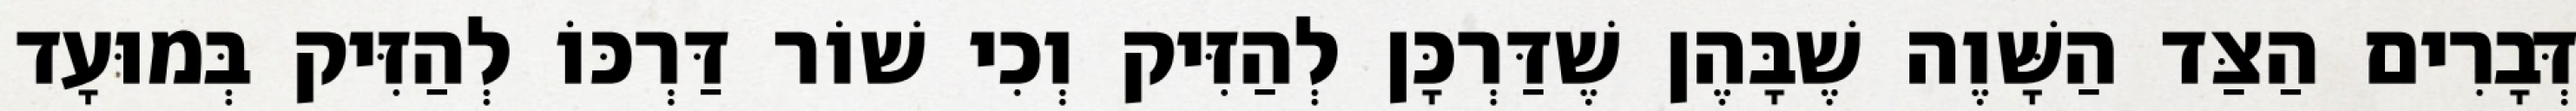
דְּבָרִים הַצַּד הַשָּׁוֶה שֶׁבָּהֶן שֶׁדַּרְכָּן לְהַזִּיק וְכִי שׁוֹר דַּרְכּוֹ לְהַזִּיק בְּמוּעָד